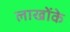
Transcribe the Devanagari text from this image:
लाखोंके